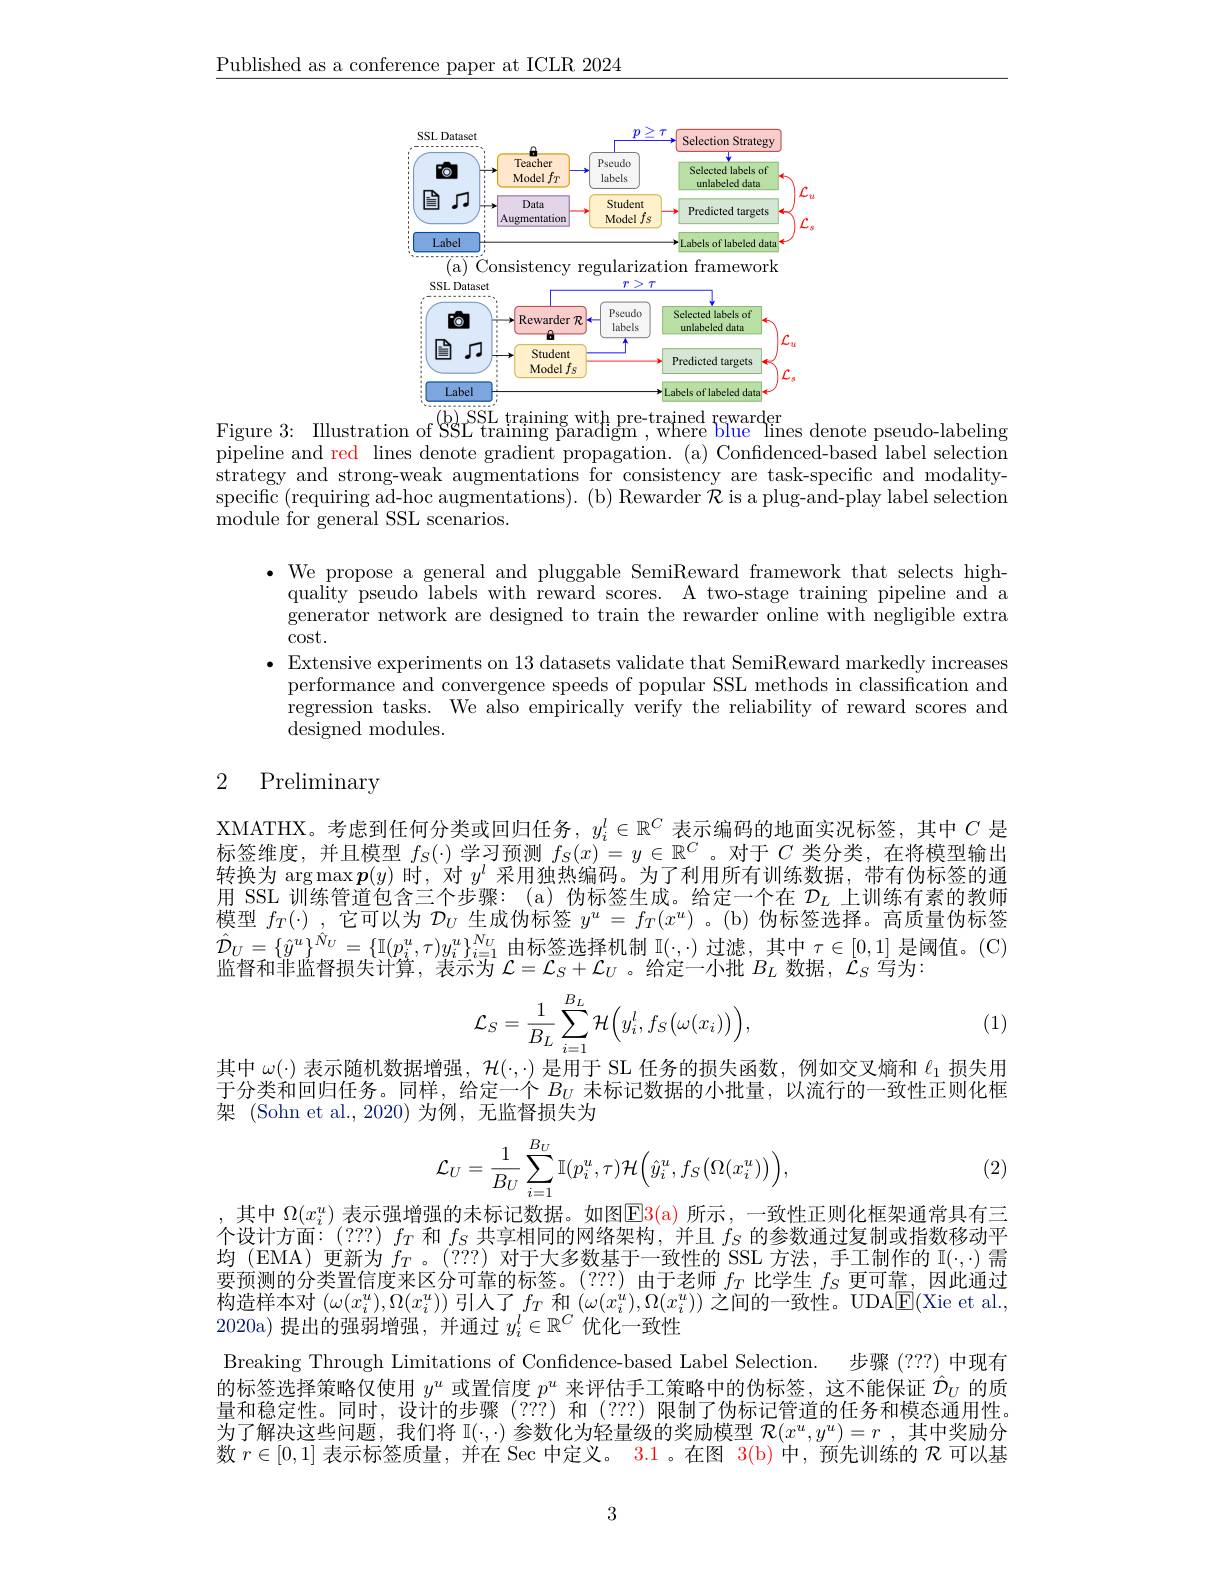
$\underline{\text{Published as a conference paper at ICLR 2024}}$

<FigureHere>
$\begin{array}{ll}\text{Figure 3: Illustration of SSL training with pre-trained fewarder}\\\text{SSL trainng paradigm ,where blue lines denote pseudo-labeling}\\\text{pipeline and red lines denote gradient propagation.(a) Confidenced-based label selection}\end{array}$

strategy and strong-weak augmentations for consistency are task-specific and modalityspecific (requiring ad-hoc augmentations). (b) Rewarder $\bar{\mathcal{R}}$ is a plug-and-play label selection module for general SSL scenarios.

$\bullet$ We propose a general and pluggable SemiReward framework that selects high-
quality pseudo labels with reward scores. A two-stage training pipeline and a generator network are designed to train the rewarder online with negligible extra $\operatorname{cost.}$
· Extensive experiments on 13 datasets validate that SemiReward markedly increases
performance and convergence speeds of popular SSL methods in classification and regression tasks. We also empirically verify the reliability of reward scores and designed modules.

# 2 Preliminary

XMATHX。考虑到任何分类或回归任务$,y_i^l\in\mathbb{R}^C$表示编码的地面实况标签，其中$C$是标签维度，并且模型$f_S(\cdot)$学习预测$f_S(x)=y\in\mathbb{R}^C$ 。对于$C$类分类，在将模型输出转换为$\arg\max\boldsymbol{p}(y)$时，对$y^l$采用独热编码。为了利用所有训练数据，带有伪标签的通用 SSL 训练管道包含三个步骤：(a) 伪标签生成。给定一个在$D_L$上训练有素的教师模型$f_T(\cdot)$ ,它可以为$\mathcal{D}_U$生成伪标签$y^u=f_T(x^u)$ 。(b) 伪标签选择。高质量伪标签$\hat{\mathcal{D}}_{U}=\{\hat{y}^{u}\}^{\hat{N}_{U}}=\{\mathbb{I}(p_{i}^{u},\tau)y_{i}^{u}\}_{i=1}^{N_{U}}$由标签选择机制$\mathbb{I}(\cdot,\cdot)$ 过滤，其中 $\tau\in[0,1]$ 是阈值。(C) 监督和非监督损失计算，表示为$\mathcal{L}=\mathcal{L}_S+\mathcal{L}_U$。给定一小批$B_L$数据，$\mathcal{L}_S$写为：
$$\mathcal{L}_{S}=\frac{1}{B_{L}}\sum_{i=1}^{B_{L}}\mathcal{H}\Big(y_{i}^{l},f_{S}\big(\omega(x_{i})\big)\Big),$$
(1)

其中$\omega(\cdot)$表示随机数据增强，$\mathcal{H}(\cdot,\cdot)$是用于 SL 任务的损失函数，例如交叉熵和$\ell_1$损失用于分类和回归任务。同样，给定一个$B_U$未标记数据的小批量，以流行的一致性正则化框架 (Sohn et al.,2020)为例，无监督损失为

(2)
$$\mathcal{L}_{U}=\frac{1}{B_{U}}\sum_{i=1}^{B_{U}}\mathbb{I}(p_{i}^{u},\tau)\mathcal{H}\Big(\hat{y}_{i}^{u},f_{S}\big(\Omega(x_{i}^{u})\big)\Big),$$
其中$\Omega(x_i^u)$表示强增强的未标记数据。如图E3( a) 所示，一致性正则化框架通常具有三个设计方面：(???) $f_T$和$f_S$共享相同的网络架构，并且$f_S$的参数通过复制或指数移动平均(EMA)更新为$f_T$。(???)对于大多数基于一致性的 SSL 方法，手工制作的 I(·,·) 需要预测的分类置信度来区分可靠的标签。(???) 由于老师$f_T$比学生$f_S$更可靠，因此通过构造样本对$(\omega(x_i^u),\Omega(x_i^u))$引入了$f_T$和$(\omega(x_i^u),\Omega(x_i^u))$之间的一致性。UDA$\boxed{\mathrm{E}}($Xie et al., 2020a)提出的强弱增强，并通过$y_i^l\in\mathbb{R}^C$优化一致性

Breaking Through Limitations of Confidence-based Label Selection. 步骤 (???) 中现有的标签选择策略仅使用$y^u$或置信度$p^u$来评估手工策略中的伪标签，这不能保证$\hat{\mathcal{D}}_U$的质量和稳定性。同时，设计的步骤(???)和(???)限制了伪标记管道的任务和模态通用性。为了解决这些问题，我们将$\mathbb{I}(\cdot,\cdot)$参数化为轻量级的奖励模型$\mathcal{R}(x^u,y^u)=r$ ,其中奖励分数$r\in[0,1]$表示标签质量，并在 Sec 中定义。3.1。在图$\color{red}{3(b)}$中，预先训练的$\mathcal{R}$可以基

3